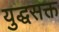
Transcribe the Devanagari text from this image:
युद्धसक्त